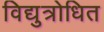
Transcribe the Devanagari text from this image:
विद्युत्रोधित